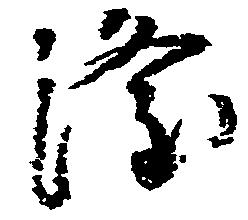
隆